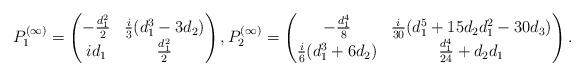
LaTeX: \begin{align*}P_1^{(\infty)}=\begin{pmatrix}-\frac{d_1^2}{2}&\frac{i}{3}(d_{1}^{3}-3d_{2})\\id_1&\frac{d_1^2}{2}\end{pmatrix},P_2^{(\infty)}=\begin{pmatrix}-\frac{d_{1}^{4}}{8}&\frac{i}{30}(d_{1}^{5}+15d_{2}d_{1}^{2}-30d_{3})\\\frac{i}{6}(d_{1}^{3}+6d_{2})&\frac{d_{1}^{4}}{24}+d_{2}d_{1}\end{pmatrix}.\end{align*}